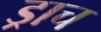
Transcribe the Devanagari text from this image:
ड्राच